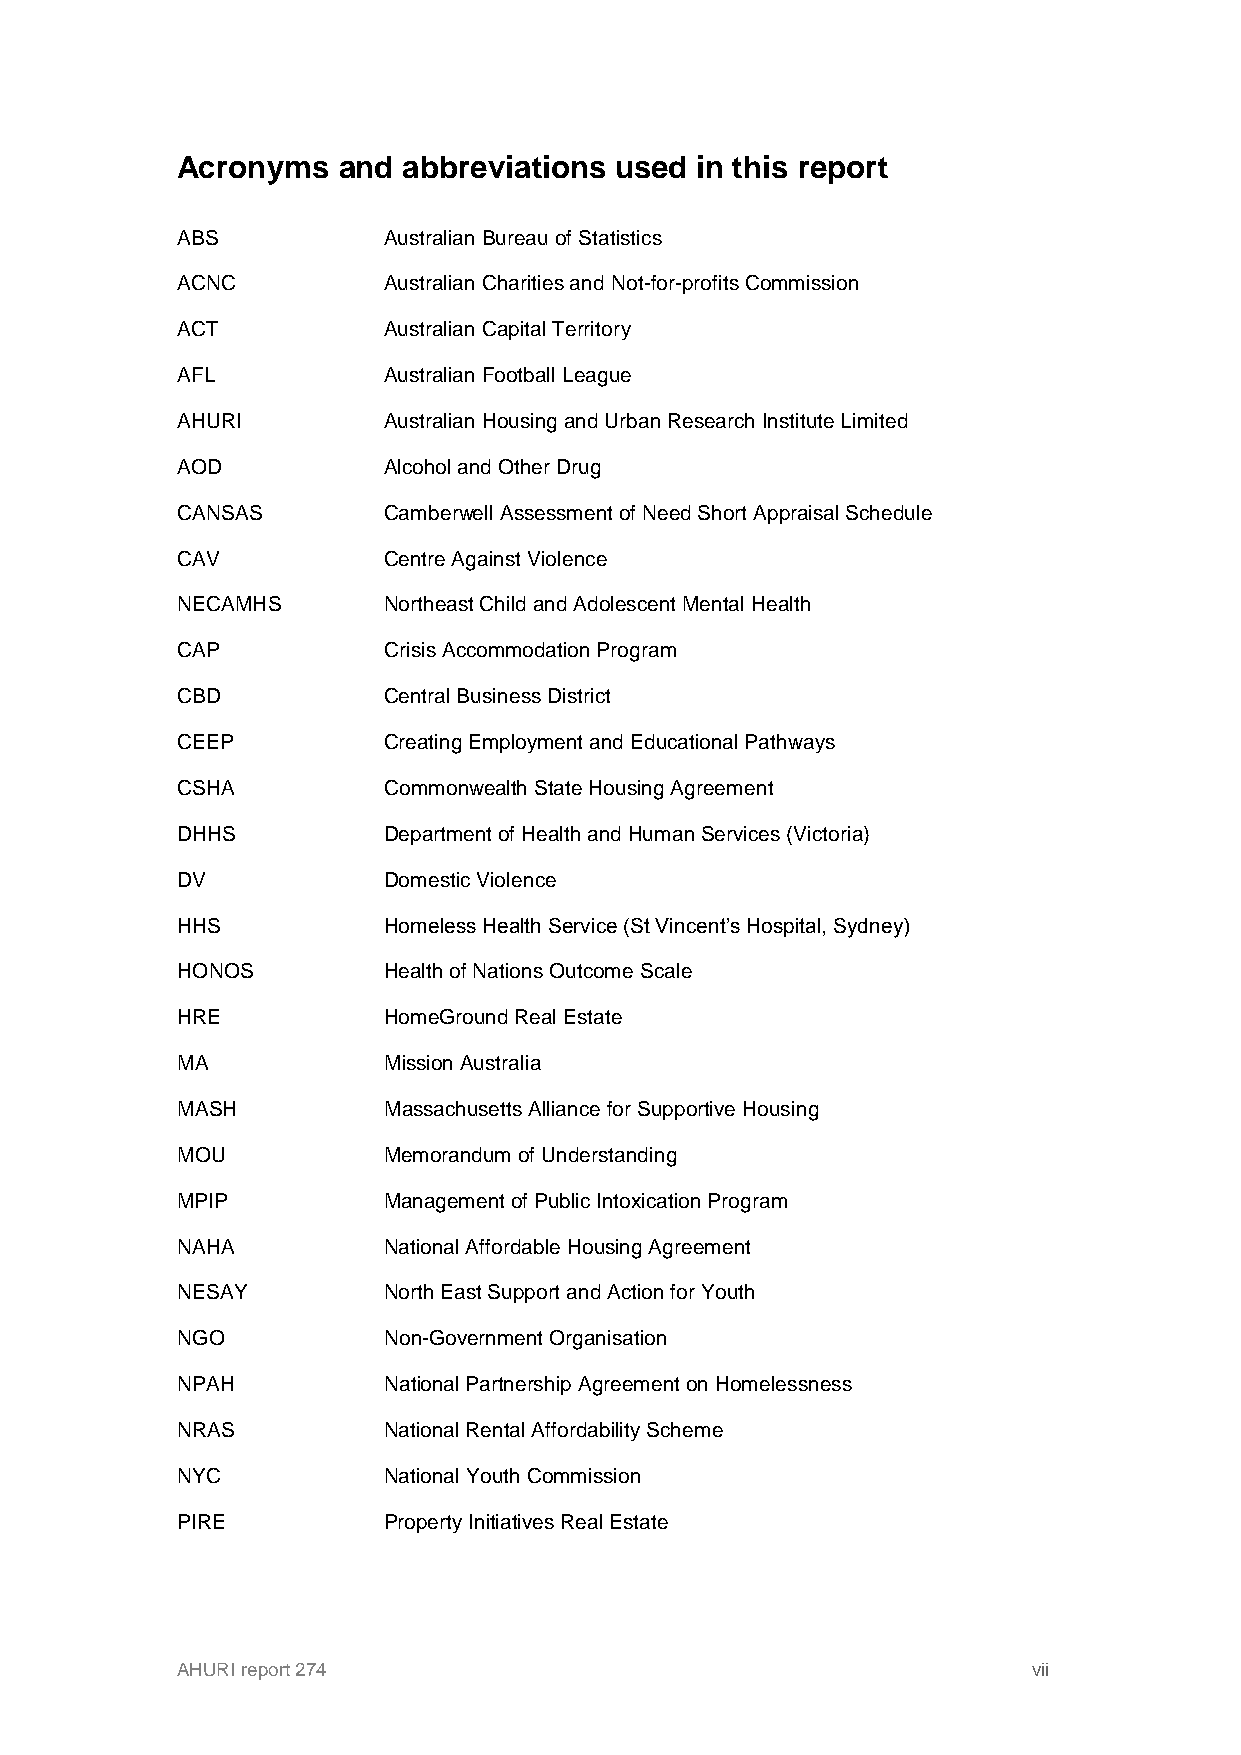
Acronyms  and  abbreviations used in this report
 ABS          Australian Bureau of Statistics
 ACNC         Australian Charities and Not-for-profits Commission
 ACT          Australian Capital Territory
 AFL          Australian Football League
 AHURI        Australian Housing and Urban Research Institute Limited
 AOD          Alcohol and Other Drug
 CANSAS       Camberwell Assessment of Need Short Appraisal Schedule
 CAV          Centre Against Violence
 NECAMHS      Northeast Child and Adolescent Mental Health
 CAP          Crisis Accommodation Program
 CBD          Central Business District
 CEEP         Creating Employment and Educational Pathways
 CSHA         Commonwealth State Housing Agreement
 DHHS         Department of Health and Human Services (Victoria)
 DV           Domestic Violence
 HHS          Homeless Health Service (St Vincent’s Hospital, Sydney)
 HONOS        Health of Nations Outcome Scale
 HRE          HomeGround Real Estate
 MA           Mission Australia
 MASH         Massachusetts Alliance for Supportive Housing
 MOU          Memorandum of Understanding
 MPIP         Management of Public Intoxication Program
 NAHA         National Affordable Housing Agreement
 NESAY        North East Support and Action for Youth
 NGO          Non-Government Organisation
 NPAH         National Partnership Agreement on Homelessness
 NRAS         National Rental Affordability Scheme
 NYC          National Youth Commission
 PIRE         Property Initiatives Real Estate
 AHURI report 274                                        vii